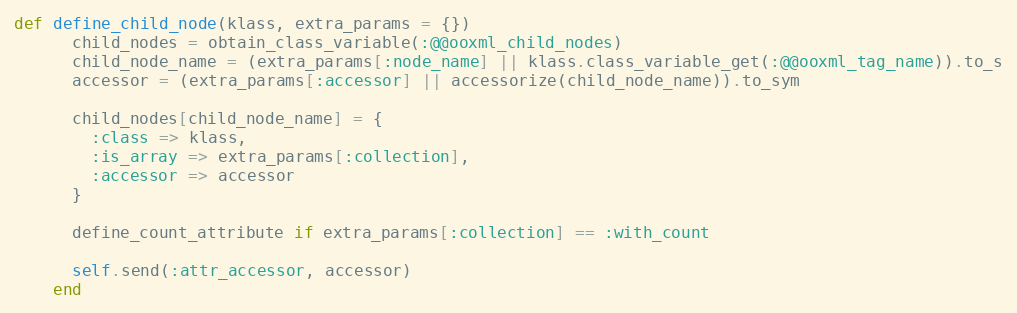
Language: Ruby
def define_child_node(klass, extra_params = {})
      child_nodes = obtain_class_variable(:@@ooxml_child_nodes)
      child_node_name = (extra_params[:node_name] || klass.class_variable_get(:@@ooxml_tag_name)).to_s
      accessor = (extra_params[:accessor] || accessorize(child_node_name)).to_sym

      child_nodes[child_node_name] = {
        :class => klass,
        :is_array => extra_params[:collection],
        :accessor => accessor
      }

      define_count_attribute if extra_params[:collection] == :with_count

      self.send(:attr_accessor, accessor)
    end